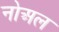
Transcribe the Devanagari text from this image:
नोअल